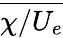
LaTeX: \overline{{\chi/U_{e}}}